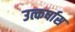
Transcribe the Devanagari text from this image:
उत्कर्षास